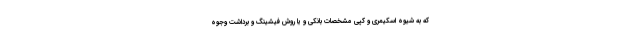
که به شیوه اسکیمری و کپی مشخصات بانکی و یا روش فیشینگ و برداشت وجوه